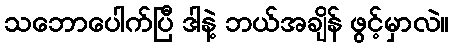
သဘောပေါက်ပြီ ဒါနဲ့ ဘယ်အချိန် ဖွင့်မှာလဲ။